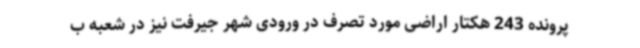
پرونده 243 هکتار اراضی مورد تصرف در ورودی شهر جیرفت نیز در شعبه ب